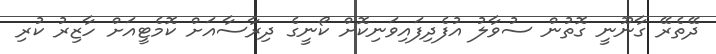
ދޭތެރޭ ގާނޫނީ ގޮތުން ސުވާލު އުފެދިފައިވަނިކޮށް ކޯނީގެ ދިރާސާއަށް ކޮމެޓީއަށް ހާޒިރު ކުރި